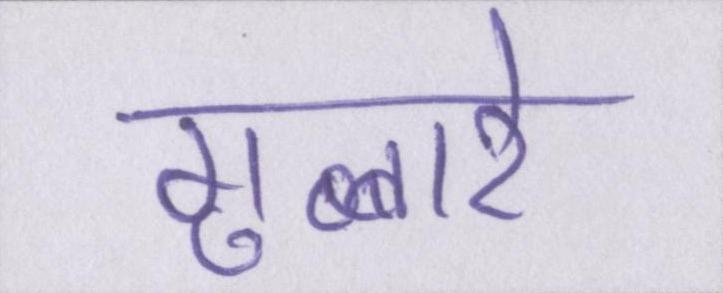
गुब्बारे